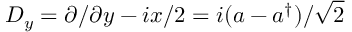
D _ { y } = { \partial } / { \partial y } - { i } x / { 2 } = { i } ( a - a ^ { \dag } ) / { \sqrt { 2 } }